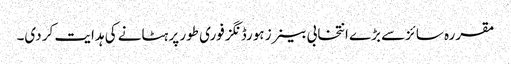
مقررہ سائزسے بڑے انتخابی بینرز ہورڈنگز فوری طور پر ہٹانے کی ہدایت کر دی۔